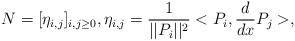
LaTeX: \begin{align*}N = [\eta_{i,j}]_{i,j\geq 0},\eta_{i,j} = \frac{1}{||P_i||^2}< P_i, \frac{d}{dx} P_j >,\end{align*}